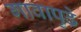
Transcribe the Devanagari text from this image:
गावापुढे